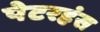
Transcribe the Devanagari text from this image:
पेटरहंस